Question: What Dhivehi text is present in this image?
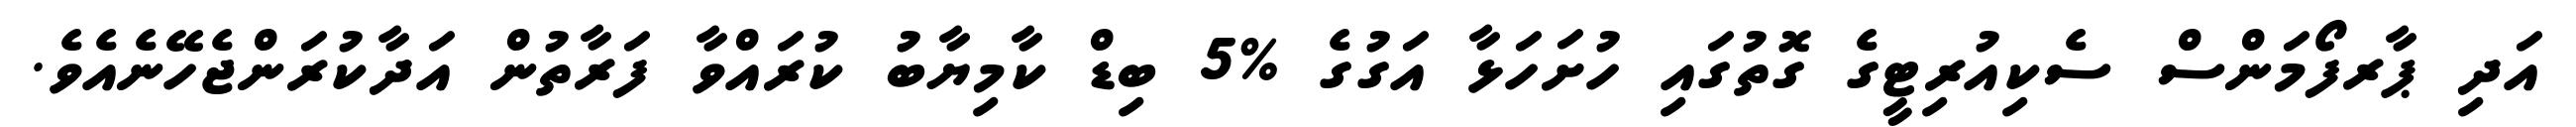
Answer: އަދި ޕާރފޯމަންސް ސެކިއުރިޓީގެ ގޮތުގައި ހުށަހަޅާ އަގުގެ %5 ބިޑް ކާމިޔާބު ކުރައްވާ ފަރާތުން އަދާކުރަންޖެހޭނެއެވެ.